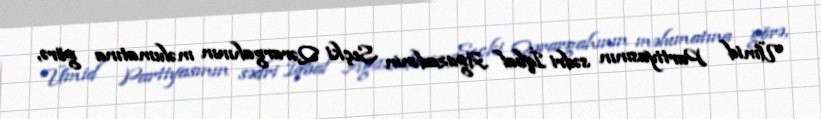
Ümid Partiyasının sədri İqbal Ağazadənin Seçki Qərargahının məlumatına görə,